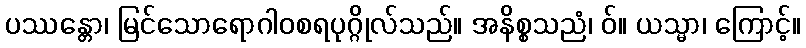
ပဿန္တော၊ မြင်သောရောဂါဝစရပုဂ္ဂိုလ်သည်။ အနိစ္စသညံ၊ ဝ်။ ယသ္မာ၊ ကြောင့်။